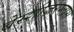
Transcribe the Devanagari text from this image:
बेस्शीज़रग्लास